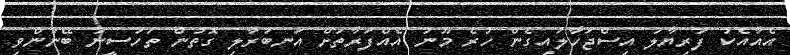
އެއާއެކު ފަރިޔާލު އިސްޖަހާލައިގެން ހުރެ މޫނު އެއްފަރާތަށް އަނބުރާލި ގޮތުން ތަހުސީނު ބޭނުންވި